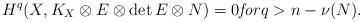
\begin{align*} H^q(X,K_X\otimes E\otimes\mathrm{det}\,E\otimes N)=0 \mathit{for} q>n-\nu(N). \end{align*}